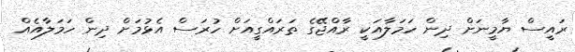
ރައީސް ޔާމީނަށް ދިން ހަމަލާއަކީ ރާއްޖޭގެ ތަރައްގީއަށް ހުރަސް އެޅުމަށް ދިން ހަމަލާއެއް